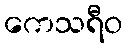
ကေသရီဝ